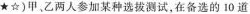
★☆)甲，乙两人参加某种选拔测试。在备选的10道